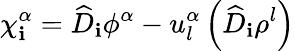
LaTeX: \chi_{\mathbf{i}}^{\alpha}={\widehat{{D}}}_{\mathbf{i}}\phi^{\alpha}-u_{l}^{\alpha}\left({\widehat{{D}}}_{\mathbf{i}}\rho^{l}\right)